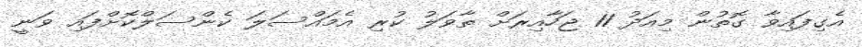
އެގިފައިވާ ގޮތުން މިއަދު 11 ޖަހާއިރަށް ތާވަލު ކުރި އެމައްސަލަ ކެންސަލްކޮށްފައި ވަނީ